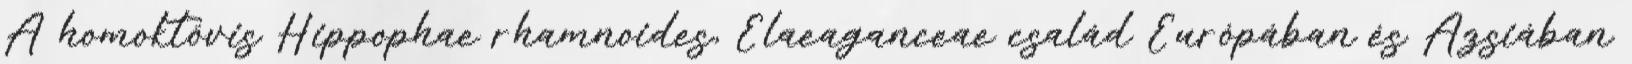
A homoktövis Hippophae rhamnoides, Elaeaganceae család Európában és Ázsiában